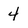
Character: 4